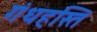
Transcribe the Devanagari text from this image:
गंधहस्ति